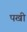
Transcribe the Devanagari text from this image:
पखी